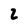
Character: 2